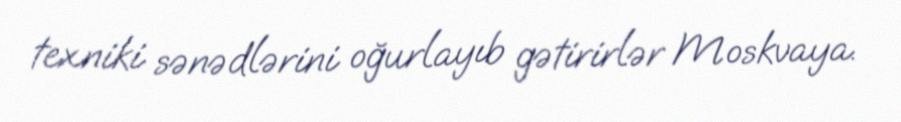
texniki sənədlərini oğurlayıb gətirirlər Moskvaya.